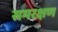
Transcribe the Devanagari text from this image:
समरक्षण